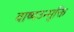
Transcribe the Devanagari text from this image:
वाष्पउन्मुक्ति